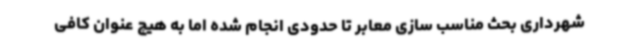
شهرداری بحث مناسب سازی معابر تا حدودی انجام شده اما به هیچ عنوان کافی